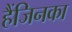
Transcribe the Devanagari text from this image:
हैंजिनका